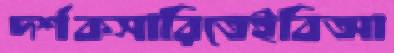
দর্শকসারিতেইবিআ